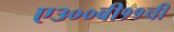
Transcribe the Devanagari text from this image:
ए३००बी११ची